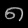
Digit: ၈